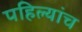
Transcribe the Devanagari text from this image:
पहिल्यांच